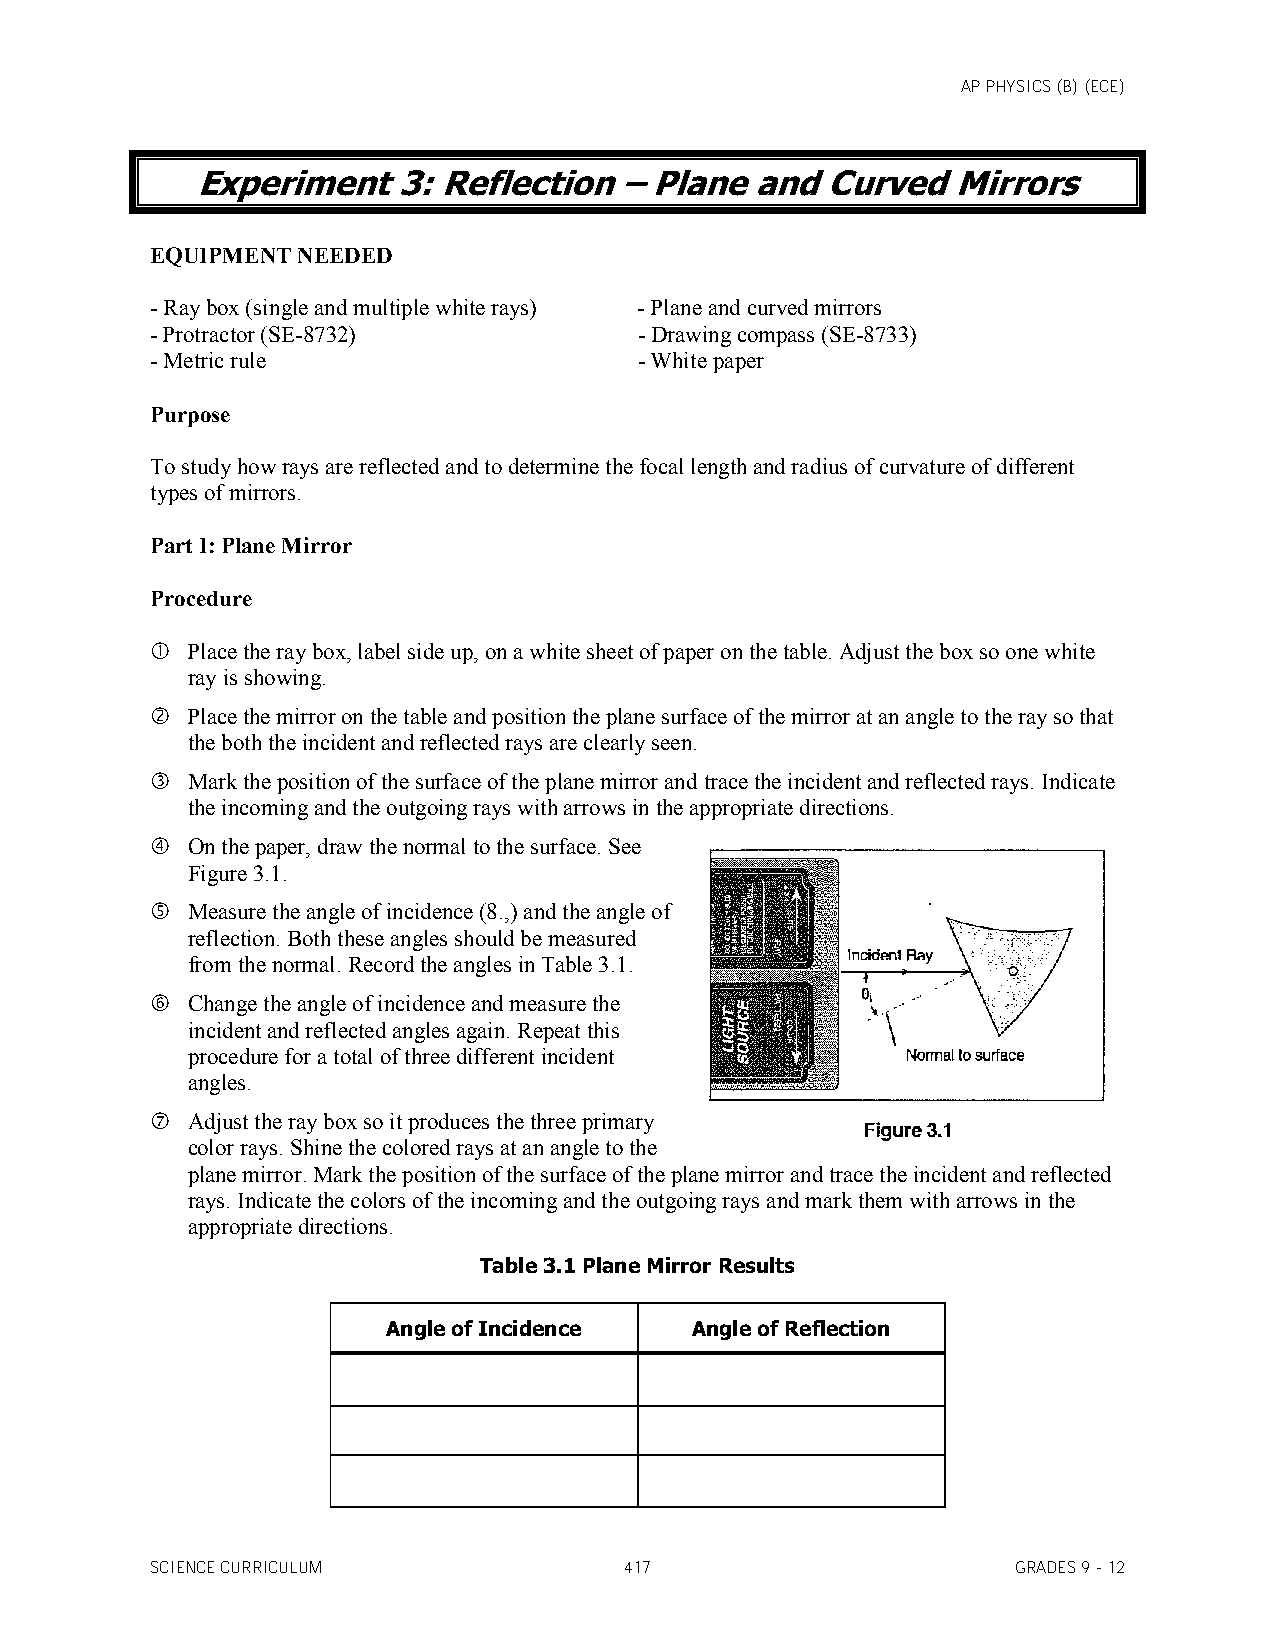
AP PHYSICS (B) (ECE)
 Experiment   3: Reflection  – Plane  and  Curved  Mirrors
 EQUIPMENT NEEDED
 - Ray box (single and multiple white rays) - Plane and curved mirrors
 - Protractor (SE-8732)          - Drawing compass (SE-8733)
 - Metric rule                   - White paper
 Purpose
 To study how rays are reflected and to determine the focal length and radius of curvature of different
 types of mirrors.
 Part I: Plane Mirror
 Procedure
  Place the ray box, label side up, on a white sheet of paper on the table. Adjust the box so one white
 ray is showing.
  Place the mirror on the table and position the plane surface of the mirror at an angle to the ray so that
 the both the incident and reflected rays are clearly seen.
  Mark the position of the surface of the plane mirror and trace the incident and reflected rays. Indicate
 the incoming and the outgoing rays with arrows in the appropriate directions.
  On the paper, draw the normal to the surface. See
 Figure 3.1.
  Measure the angle of incidence (8.,) and the angle of
 reflection. Both these angles should be measured
 from the normal. Record the angles in Table 3.1.
  Change the angle of incidence and measure the
 incident and reflected angles again. Repeat this
 procedure for a total of three different incident
 angles.
  Adjust the ray box so it produces the three primary
 color rays. Shine the colored rays at an angle to the
 plane mirror. Mark the position of the surface of the plane mirror and trace the incident and reflected
 rays. Indicate the colors of the incoming and the outgoing rays and mark them with arrows in the
 appropriate directions.
 Table 3.1 Plane Mirror Results
 Angle of Incidence  Angle of Reflection
 SCIENCE CURRICULUM             417                       GRADES 9 - 12